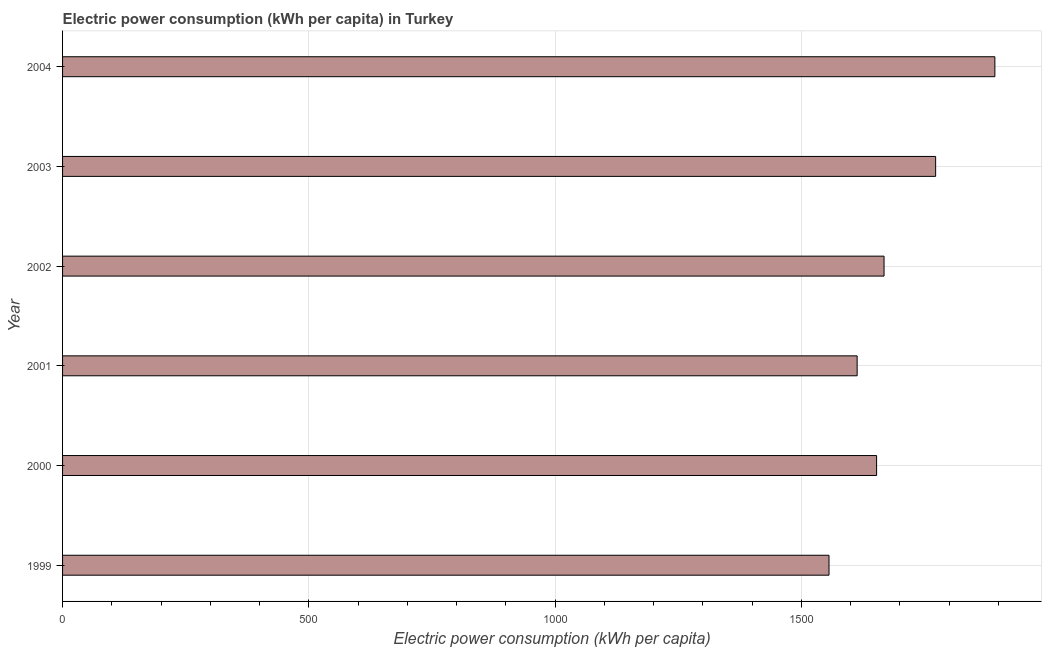
| Year | Electric power consumption |
 | --- | --- |
 | 1999 | 1.56e+03 |
 | 2000 | 1.65e+03 |
 | 2001 | 1.61e+03 |
 | 2002 | 1.67e+03 |
 | 2003 | 1.77e+03 |
 | 2004 | 1.89e+03 |